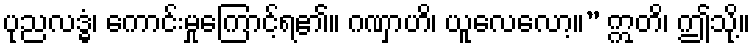
ပုညလဒ္ဓံ၊ ကောင်းမှုကြောင့်ရ၏။ ဂဏှာဟိ၊ ယူလေလော့။” ဣတိ၊ ဤသို့။